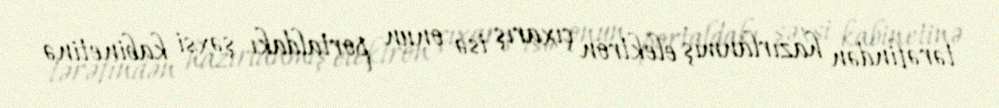
tərəfindən hazırlanmış elektron çıxarış isə onun portaldakı şəxsi kabinetinə